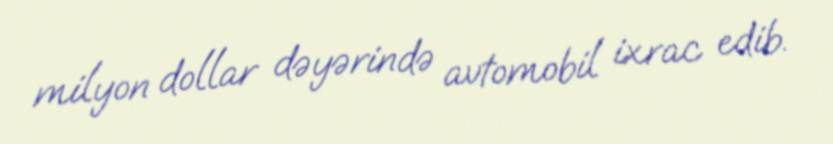
milyon dollar dəyərində avtomobil ixrac edib.